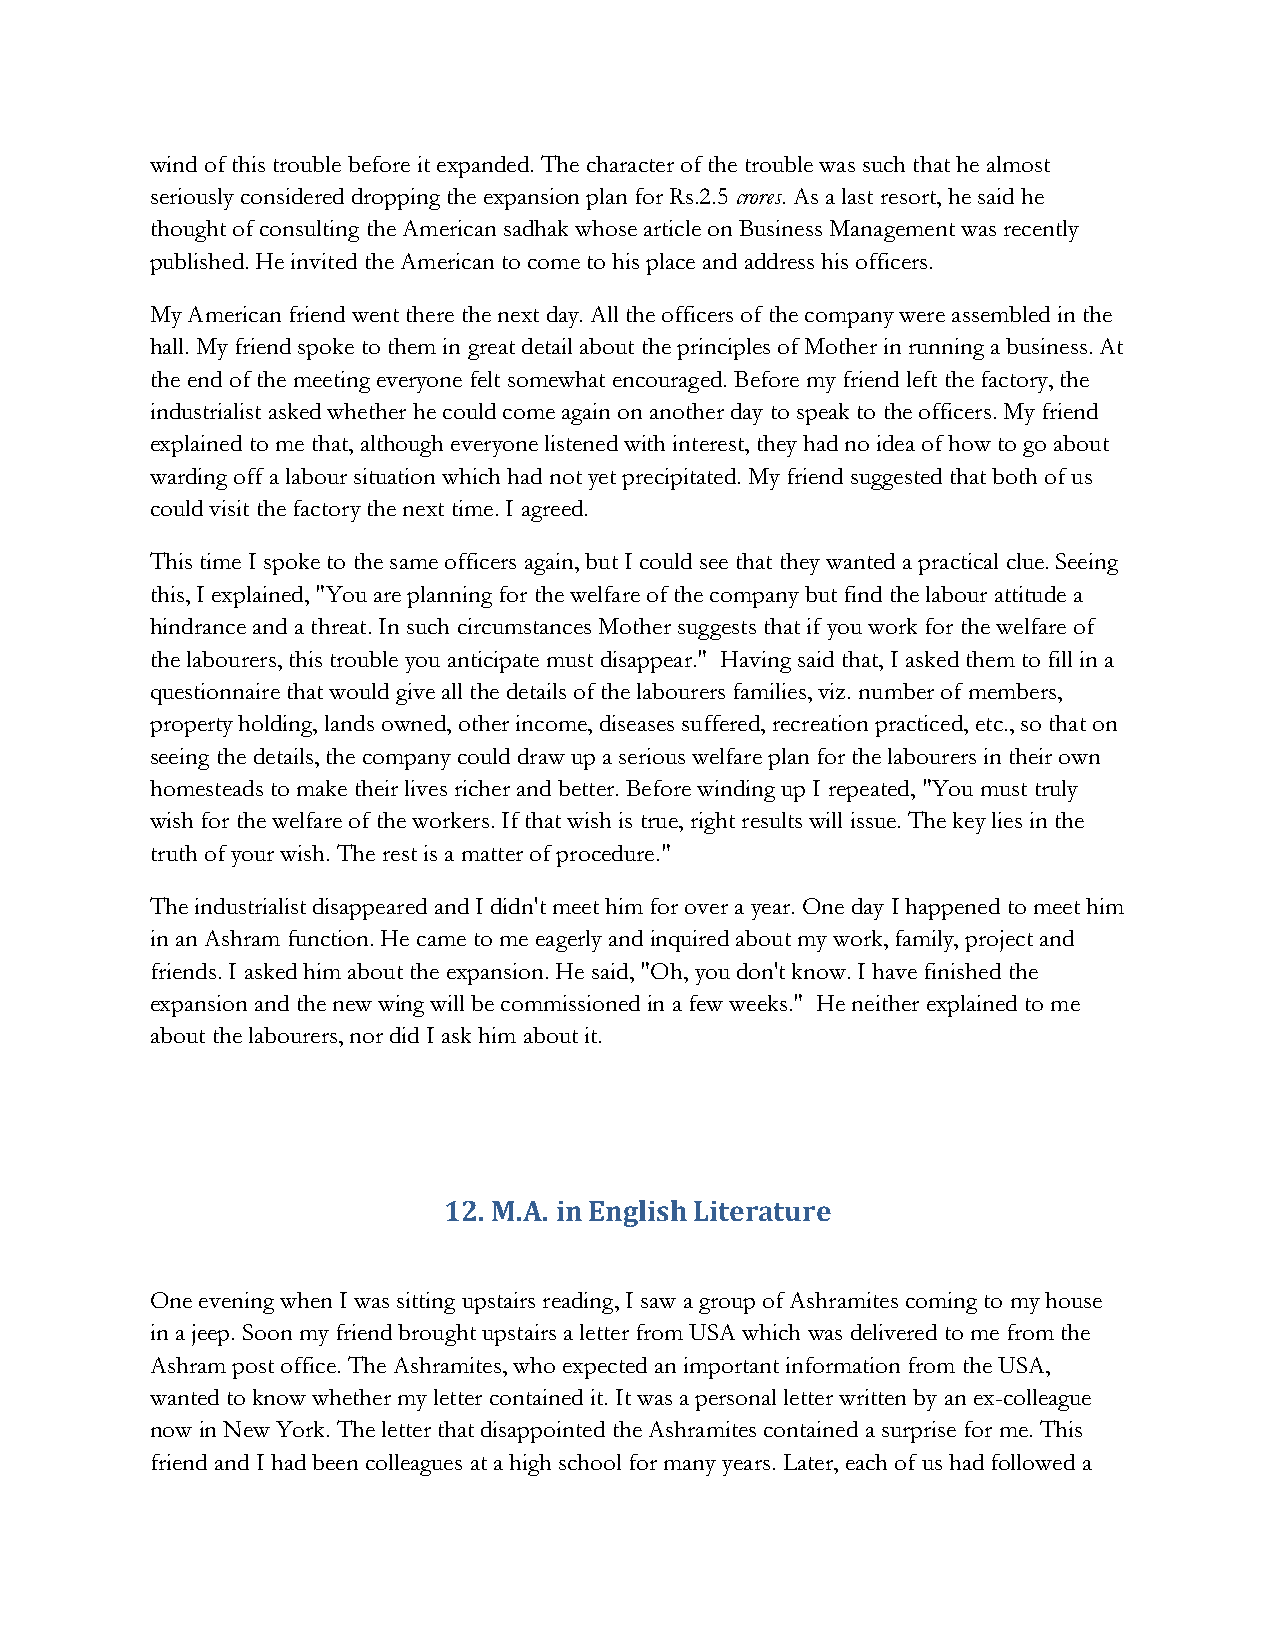
wind of this trouble before it expanded. The character of the trouble was such that he almost
 seriously considered dropping the expansion plan for Rs.2.5 crores. As a last resort, he said he
 thought of consulting the American sadhak whose article on Business Management was recently
 published. He invited the American to come to his place and address his officers.
 My American friend went there the next day. All the officers of the company were assembled in the
 hall. My friend spoke to them in great detail about the principles of Mother in running a business. At
 the end of the meeting everyone felt somewhat encouraged. Before my friend left the factory, the
 industrialist asked whether he could come again on another day to speak to the officers. My friend
 explained to me that, although everyone listened with interest, they had no idea of how to go about
 warding off a labour situation which had not yet precipitated. My friend suggested that both of us
 could visit the factory the next time. I agreed.
 This time I spoke to the same officers again, but I could see that they wanted a practical clue. Seeing
 this, I explained, "You are planning for the welfare of the company but find the labour attitude a
 hindrance and a threat. In such circumstances Mother suggests that if you work for the welfare of
 the labourers, this trouble you anticipate must disappear." Having said that, I asked them to fill in a
 questionnaire that would give all the details of the labourers families, viz. number of members,
 property holding, lands owned, other income, diseases suffered, recreation practiced, etc., so that on
 seeing the details, the company could draw up a serious welfare plan for the labourers in their own
 homesteads to make their lives richer and better. Before winding up I repeated, "You must truly
 wish for the welfare of the workers. If that wish is true, right results will issue. The key lies in the
 truth of your wish. The rest is a matter of procedure."
 The industrialist disappeared and I didn't meet him for over a year. One day I happened to meet him
 in an Ashram function. He came to me eagerly and inquired about my work, family, project and
 friends. I asked him about the expansion. He said, "Oh, you don't know. I have finished the
 expansion and the new wing will be commissioned in a few weeks." He neither explained to me
 about the labourers, nor did I ask him about it.
 12. M.A. in English Literature
 One evening when I was sitting upstairs reading, I saw a group of Ashramites coming to my house
 in a jeep. Soon my friend brought upstairs a letter from USA which was delivered to me from the
 Ashram post office. The Ashramites, who expected an important information from the USA,
 wanted to know whether my letter contained it. It was a personal letter written by an ex-colleague
 now in New York. The letter that disappointed the Ashramites contained a surprise for me. This
 friend and I had been colleagues at a high school for many years. Later, each of us had followed a